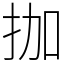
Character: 拁